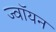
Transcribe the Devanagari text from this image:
ज्वॉयन